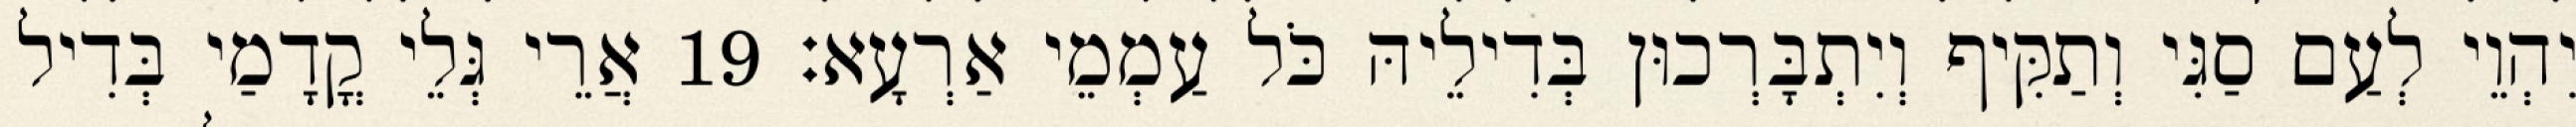
יִהְוֵי לְעַם סַגִּי וְתַקִּיף וְיִתְבָּרְכוּן בְּדִילֵיהּ כֹּל עַמְמֵי אַרְעָא׃ 19 אֲרֵי גְּלֵי קֳדָמַי בְּדִיל